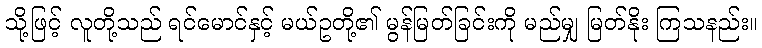
သို့ဖြင့် လူတို့သည် ရင်မောင်နှင့် မယ်ဥတို့၏ မွန်မြတ်ခြင်းကို မည်မျှ မြတ်နိုး ကြသနည်း။